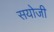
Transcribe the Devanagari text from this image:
सयोजी